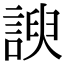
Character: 諛